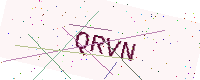
Text: QRVN